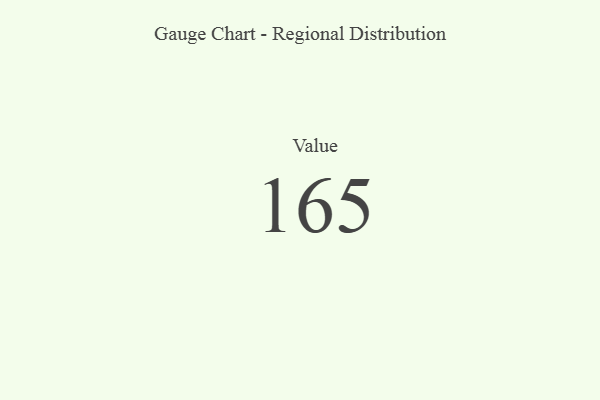
{"axis": {"x": "Metric", "y": "Value"}, "legend": [""], "data": [{"x": "Value", "y": 165, "type": ""}]}